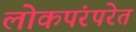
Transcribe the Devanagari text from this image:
लोकपंरपरेत